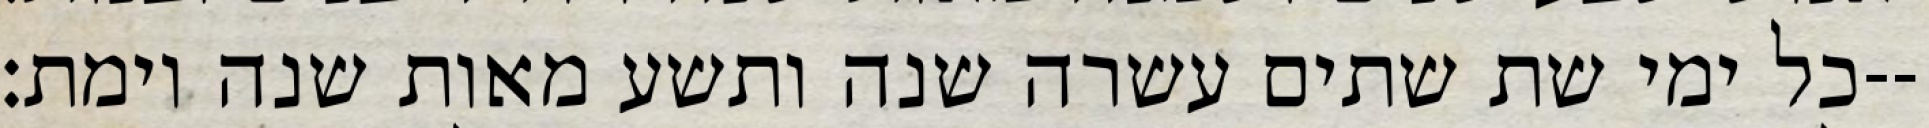
כל ימי שת שתים עשרה שנה ותשע מאות שנה וימת׃--